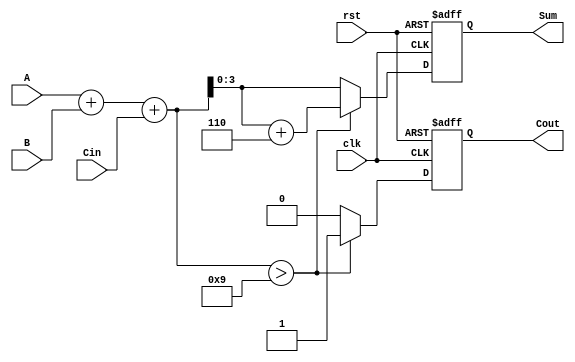
module BCD_Synchronous_Adder (
    input wire [3:0] A,      // First BCD digit
    input wire [3:0] B,      // Second BCD digit
    input wire Cin,          // Carry-in
    input wire clk,          // Clock signal
    input wire rst,          // Reset signal
    output reg [3:0] Sum,    // BCD sum output
    output reg Cout          // Carry-out
);

    reg [4:0] intermediate_sum; // 5-bit to hold the sum

    always @(posedge clk or posedge rst) begin
        if (rst) begin
            Sum <= 4'b0000;      // Initialize sum to 0
            Cout <= 1'b0;       // Initialize carry-out to 0
        end else begin
            // Step 1: Binary Addition
            intermediate_sum = A + B + Cin;

            // Step 2: BCD Correction
            if (intermediate_sum > 5'b01001) begin // If sum exceeds 9
                intermediate_sum = intermediate_sum + 5'b00110; // Add 6
                Cout <= 1'b1; // Set carry-out
            end else begin
                Cout <= 1'b0; // No carry-out
            end

            // Step 3: Assign the valid BCD sum (lower 4 bits)
            Sum <= intermediate_sum[3:0];
        end
    end

endmodule